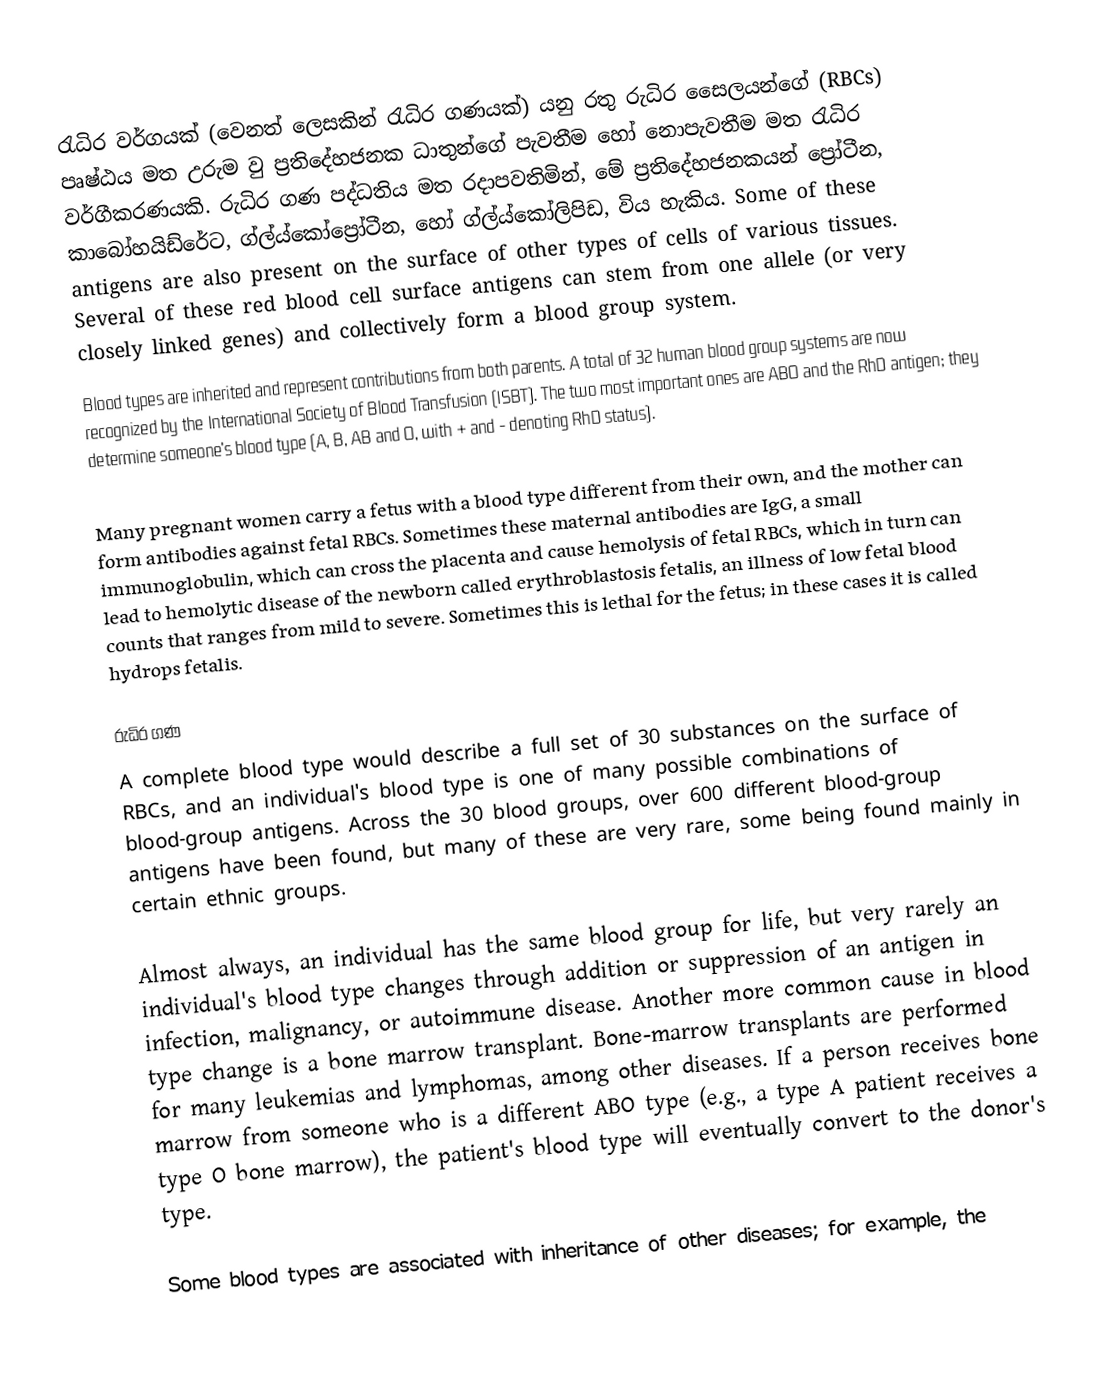
රැධිර වර්ගයක් (වෙනත් ලෙසකින් රැධිර ගණයක්) යනු රතු රුධිර සෛලයන්ගේ (RBCs) පෘෂ්ඨය මත උරුම වු ප්‍රතිදේහජනක ධාතුන්ගේ පැවතීම හෝ නොපැවතීම මත රැධිර වර්ගීකරණයකි. රුධිර ගණ පද්ධතිය මත රදාපවතිමින්, මේ ප්‍රතිදේහජනකයන් ප්‍රෝටීන, කාබෝහයිඩ්රේට, ග්ල්ය්කෝප්‍රෝටීන, හෝ ග්ල්ය්කෝලිපිඩ, විය හැකිය. Some of these antigens are also present on the surface of other types of cells of various tissues. Several of these red blood cell surface antigens can stem from one allele (or very closely linked genes) and collectively form a blood group system.
Blood types are inherited and represent contributions from both parents. A total of 32 human blood group systems are now recognized by the International Society of Blood Transfusion (ISBT). The two most important ones are ABO and the RhD antigen; they determine someone's blood type (A, B, AB and O, with + and - denoting RhD status).

Many pregnant women carry a fetus with a blood type different from their own, and the mother can form antibodies against fetal RBCs. Sometimes these maternal antibodies are IgG, a small immunoglobulin, which can cross the placenta and cause hemolysis of fetal RBCs, which in turn can lead to hemolytic disease of the newborn called erythroblastosis fetalis, an illness of low fetal blood counts that ranges from mild to severe. Sometimes this is lethal for the fetus; in these cases it is called hydrops fetalis.

රුධිර ගණ
A complete blood type would describe a full set of 30 substances on the surface of RBCs, and an individual's blood type  is one of many possible combinations of blood-group antigens. Across the 30 blood groups, over 600 different blood-group antigens have been found, but many of these are very rare, some being found mainly in certain ethnic groups.

Almost always, an individual has the same blood group for life, but very rarely an individual's blood type changes through addition or suppression of an antigen in infection, malignancy, or autoimmune disease. Another more common cause in blood type change is a bone marrow transplant. Bone-marrow transplants are performed for many leukemias and lymphomas, among other diseases. If a person receives bone marrow from someone who is a different ABO type (e.g., a type A patient receives a type O bone marrow), the patient's blood type will eventually convert to the donor's type.

Some blood types are associated with inheritance of other diseases; for example, the